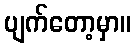
ပျက်တော့မှာ။